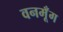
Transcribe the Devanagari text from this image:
वनमूँग